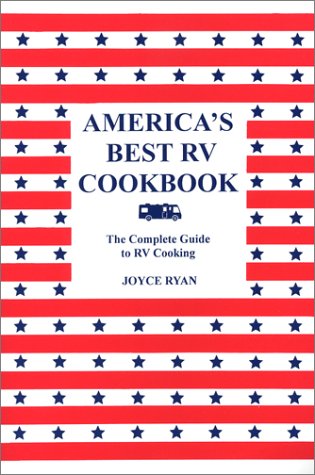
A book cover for America's Best RV Cookbook: The Complete Guide to RV Cooking; Joyce Ryan; Cookbooks, Food & Wine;